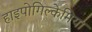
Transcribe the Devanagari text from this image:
हाइपोगिल्केमिया